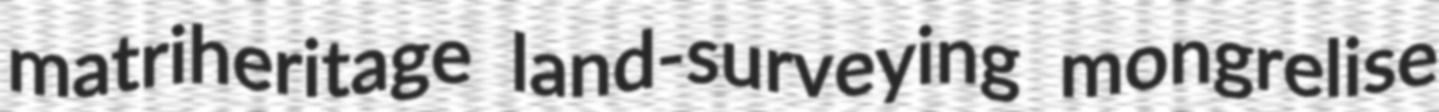
matriheritage land-surveying mongrelise